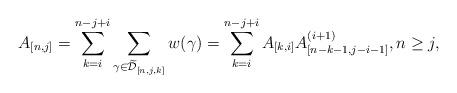
LaTeX: \begin{align*}A_{[n,j]}=\sum_{k=i}^{n-j+i}\sum_{\gamma\in\widetilde{\mathcal{D}}_{[n,j,k]}}w(\gamma)=\sum_{k=i}^{n-j+i}A_{[k,i]} A_{[n-k-1,j-i-1]}^{(i+1)},n\geq j,\end{align*}